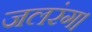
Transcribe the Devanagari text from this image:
जलरंग।